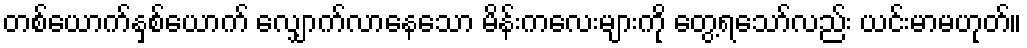
တစ်ယောက်နှစ်ယောက် လျှောက်လာနေသော မိန်းကလေးများကို တွေ့ရသော်လည်း ယင်းမာမဟုတ်။